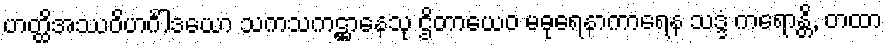
ဟတ္ထိအဿဝိဟင်္ဂါဒယော သကသကဋ္ဌာနေသု ဌိတာယေဝ မဓုရေနာကာရေန သဒ္ဒံ ကရောန္တိ, တထာ